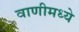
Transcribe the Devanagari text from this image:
वाणीमध्ये